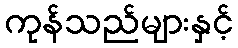
ကုန်သည်များနှင့်